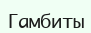
Гамбиты